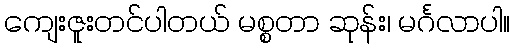
ကျေးဇူးတင်ပါတယ် မစ္စတာ ဆုန်း၊ မင်္ဂလာပါ။